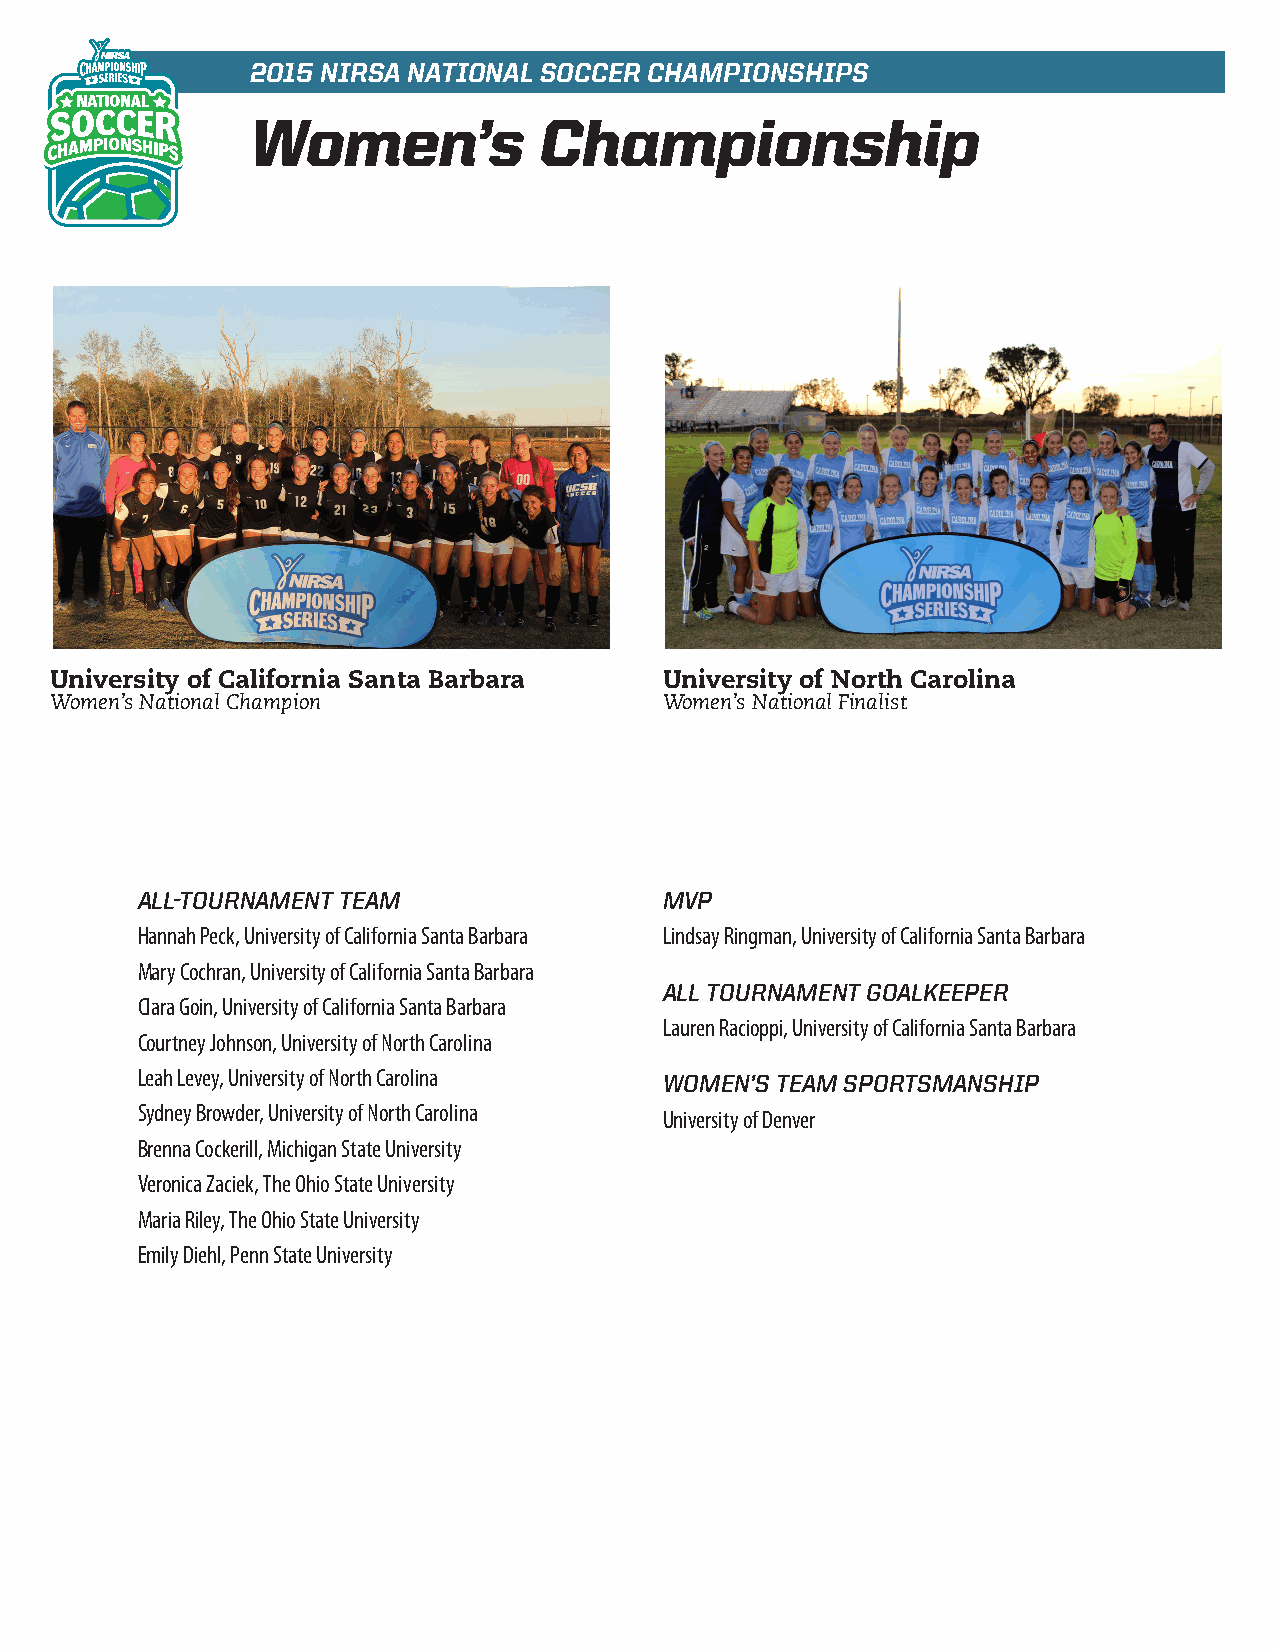
2015 NIRSA NATIONAL SOCCER CHAMPIONSHIPS
 Women’s            Championship
 University of California Santa Barbara   University of North Carolina
 Women’s National Champion                Women’s National Finalist
 ALL-TOURNAMENT TEAM                MVP
 Hannah Peck, University of California Santa Barbara Lindsay Ringman, University of California Santa Barbara
 Mary Cochran, University of California Santa Barbara
 ALL TOURNAMENT GOALKEEPER
 Clara Goin, University of California Santa Barbara
 Lauren Racioppi, University of California Santa Barbara
 Courtney Johnson, University of North Carolina
 Leah Levey, University of North Carolina WOMEN’S TEAM SPORTSMANSHIP
 Sydney Browder, University of North Carolina University of Denver
 Brenna Cockerill, Michigan State University
 Veronica Zaciek, The Ohio State University
 Maria Riley, The Ohio State University
 Emily Diehl, Penn State University